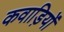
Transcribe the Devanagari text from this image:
कवाड़ियों